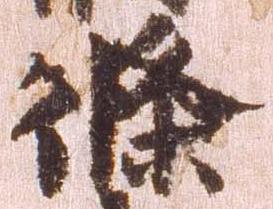
条